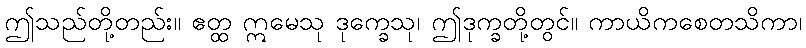
ဤသည်တို့တည်း။ ဧတ္ထ ဣမေသု ဒုက္ခေသု၊ ဤဒုက္ခတို့တွင်။ ကာယိကစေတသိကာ၊